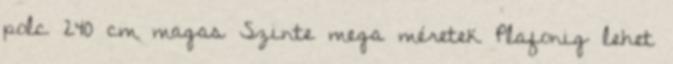
polc 240 cm magas Szinte mega méretek Plafonig lehet